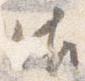
御